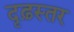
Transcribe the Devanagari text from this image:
दृढ़स्तर